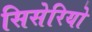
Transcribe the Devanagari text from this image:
सिसेरियो